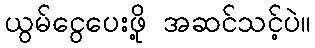
ယွမ်ငွေပေးဖို့ အဆင်သင့်ပဲ။